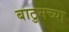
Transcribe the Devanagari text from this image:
बाटुमच्या